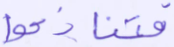
فتنازعوا